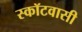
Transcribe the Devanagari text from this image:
स्कॉटवासी